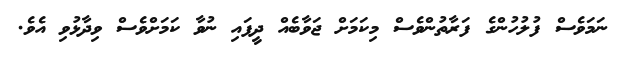
ނަމަވެސް ފުލުހުންގެ ފަރާތުންވެސް މިކަމަށް ޖަވާބެއް ދީފައި ނުވާ ކަމަށްވެސް ވިދާޅުވި އެވެ.